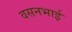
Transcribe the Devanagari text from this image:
वसनभाई